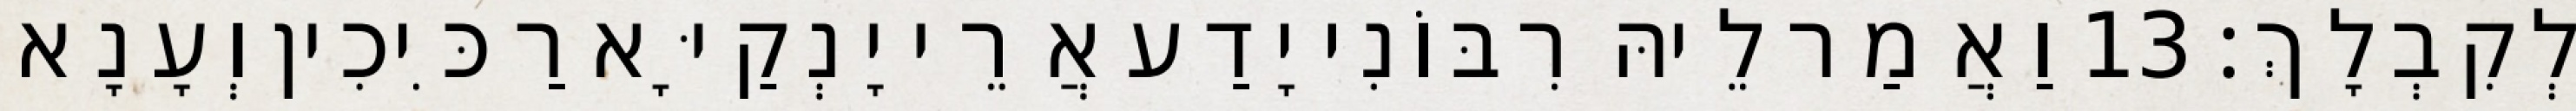
לְקִבְלָךְ׃ 13 וַאֲמַר לֵיהּ רִבּוֹנִי יָדַע אֲרֵי יָנְקַיָּא רַכִּיכִין וְעָנָא